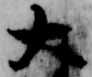
大